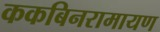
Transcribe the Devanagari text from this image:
ककबिनरामायण